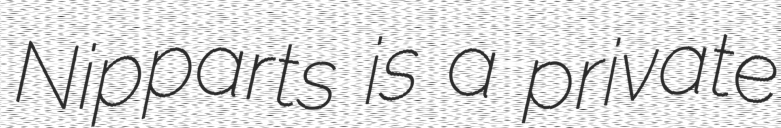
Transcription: Nipparts is a private